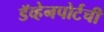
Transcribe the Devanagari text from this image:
डॅव्हेनपोर्टची